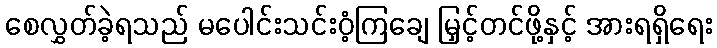
စေလွှတ်ခဲ့ရသည် မပေါင်းသင်းဝံ့ကြချေ မြှင့်တင်ဖို့နှင့် အားရရှိရေး